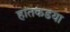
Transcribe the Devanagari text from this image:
हातकडया